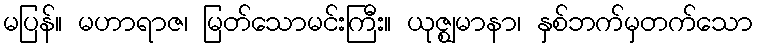
မပြန်။ မဟာရာဇ၊ မြတ်သောမင်းကြီး။ ယုဇ္ဈမာနာ၊ နှစ်ဘက်မှတက်သော